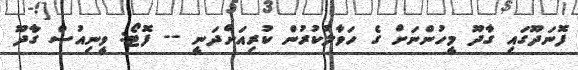
ފޮނަދޫގައި ގާދޫ މީހުންނަށް ގެ ހަވާލުކުރުން ކުރިއަށްދަނީ -- ފޮޓޯ: ވީނިއުސް ގާދޫ